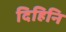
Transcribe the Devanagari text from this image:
दिहिनि